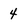
Character: 4